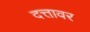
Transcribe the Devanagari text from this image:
दत्तावर